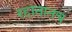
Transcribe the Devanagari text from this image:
रहातातच